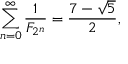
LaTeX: \sum _ { n = 0 } ^ { \infty } { \frac { 1 } { F _ { 2 ^ { n } } } } = { \frac { 7 - { \sqrt { 5 } } } { 2 } } ,